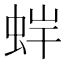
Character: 𧊩